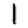
Digit: 1